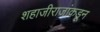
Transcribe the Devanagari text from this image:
शहाजीराजांकडून